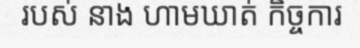
របស់ នាង ហាមឃាត់ កិច្ចការ